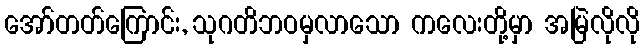
အော်တတ်ကြောင်း, သုဂတိဘဝမှလာသော ကလေးတို့မှာ အမြဲလိုလို